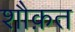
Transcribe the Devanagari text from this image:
शौक़त